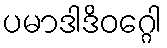
ပမာဒါဒိဝဂ္ဂေါ